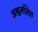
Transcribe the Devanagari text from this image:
अश्वललित